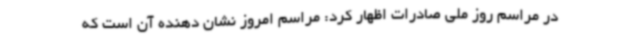
در مراسم روز ملی صادرات اظهار کرد: مراسم امروز نشان دهنده آن است که